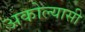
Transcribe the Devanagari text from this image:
अकोल्यासी